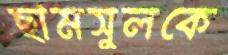
ছামসুলকে